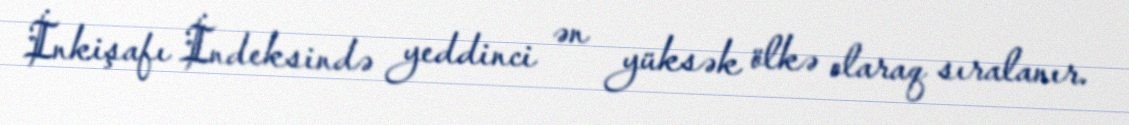
İnkişafı İndeksində yeddinci ən yüksək ölkə olaraq sıralanır.